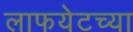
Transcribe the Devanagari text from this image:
लाफयेटच्या